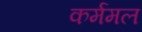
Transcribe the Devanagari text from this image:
कर्ममल